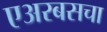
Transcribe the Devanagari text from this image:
एअरबसचा